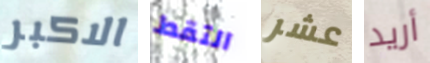
الاكبر التقط عشر أريد